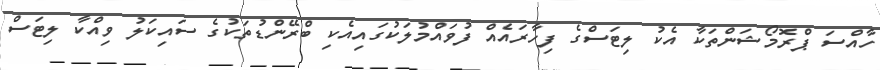
ހާއްސަ ޕްރޮމޯޝަންތަކާ އެކު ލިޓަސްގެ ފިހާރައެއް ފުވައްމުލަކުގައިއެކި ބްރޭންޑުތަކުގެ ސައިކަލު ވިއްކާ ލިޓަސް